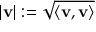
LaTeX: | \mathbf { v } | : = { \sqrt { \langle \mathbf { v } , \mathbf { v } \rangle } }